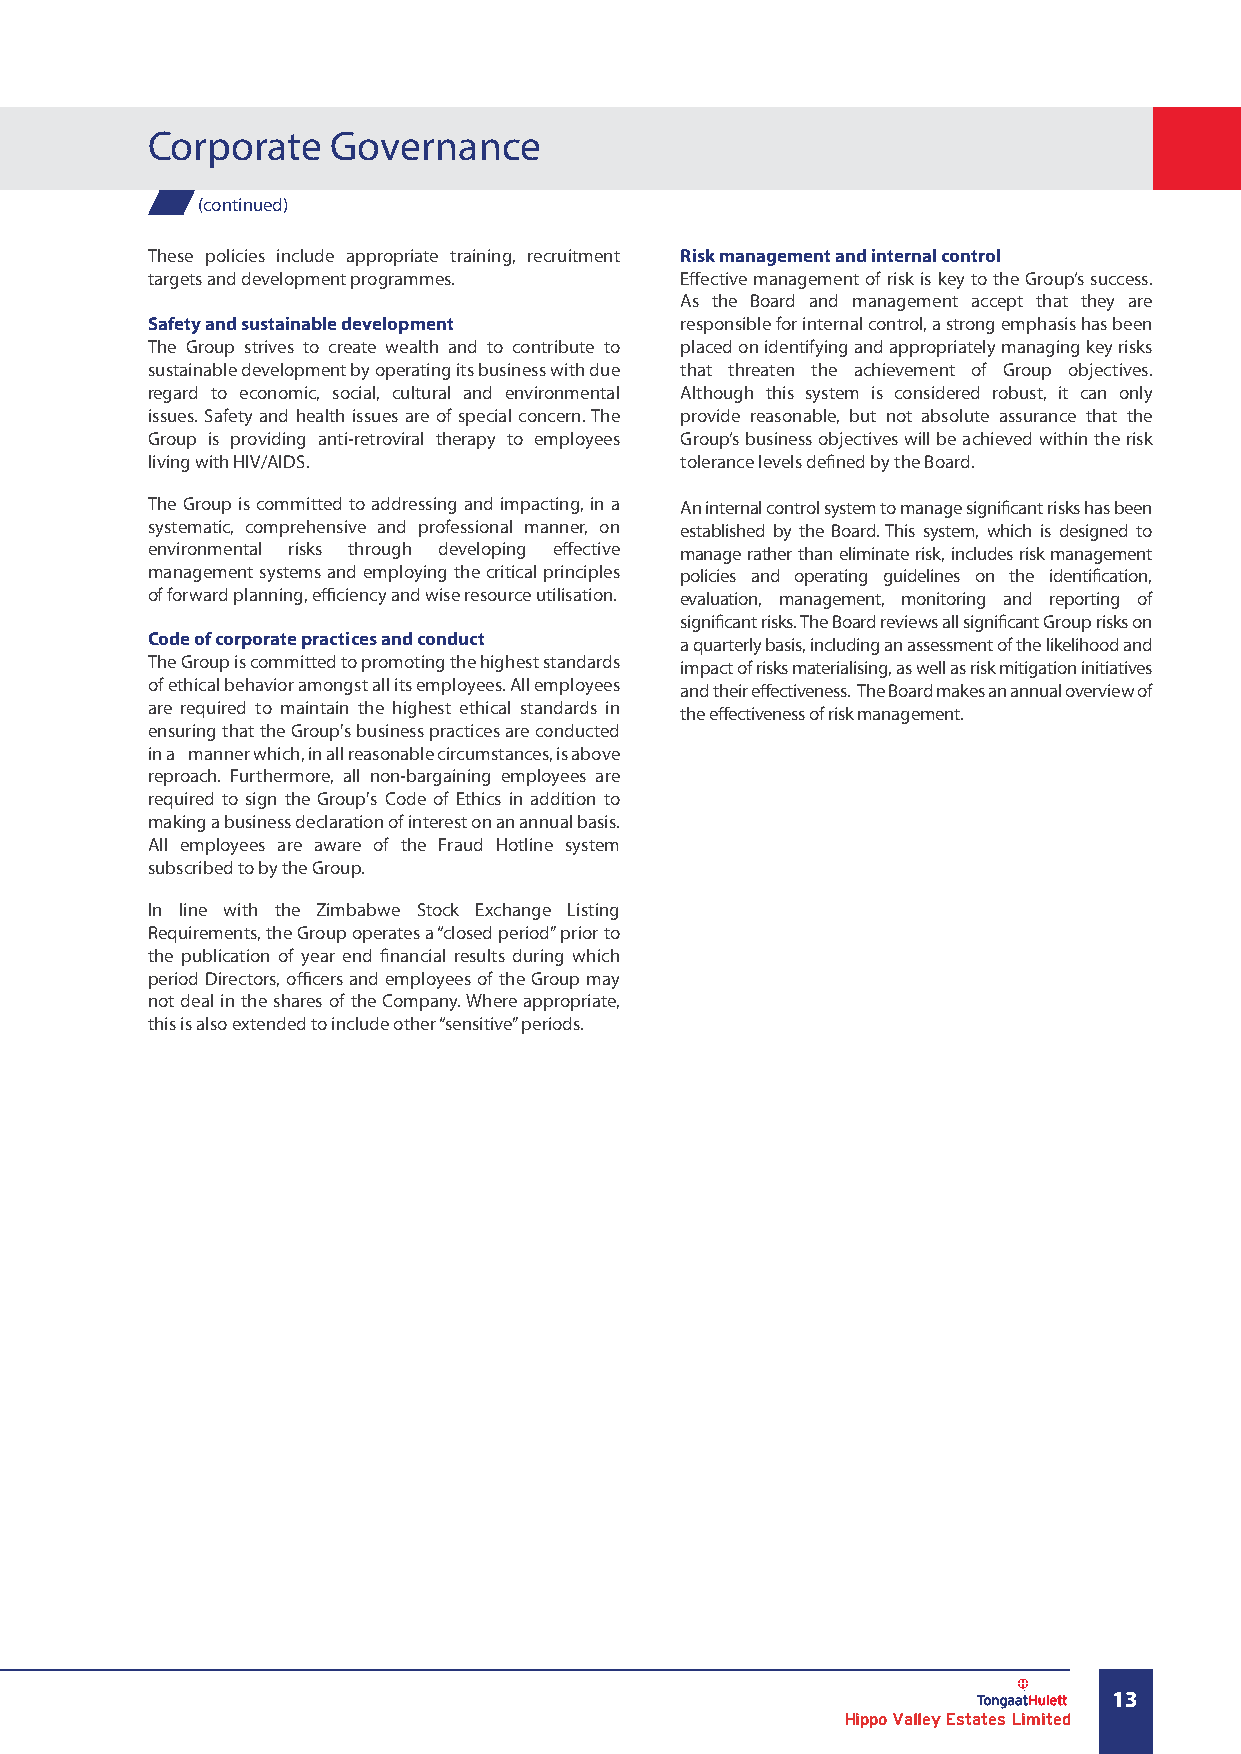
Corporate   Governance
 (continued)
 These policies include appropriate training, recruitment Risk management and internal control
 targets and development programmes. Effective management of risk is key to the Group’s success.
 As the Board and management accept that they are
 Safety and sustainable development responsible for internal control, a strong emphasis has been
 The Group strives to create wealth and to contribute to placed on identifying and appropriately managing key risks
 sustainable development by operating its business with due that threaten the achievement of Group objectives.
 regard to economic, social, cultural and environmental Although this system is considered robust, it can only
 issues. Safety and health issues are of special concern. The provide reasonable, but not absolute assurance that the
 Group is providing anti-retroviral therapy to employees Group’s business objectives will be achieved within the risk
 living with HIV/AIDS.              tolerance levels defined by the Board.
 The Group is committed to addressing and impacting, in a An internal control system to manage significant risks has been
 systematic, comprehensive and professional manner, on established by the Board. This system, which is designed to
 environmental risks through developing effective manage rather than eliminate risk, includes risk management
 management systems and employing the critical principles policies and operating guidelines on the identification,
 of forward planning, efficiency and wise resource utilisation. evaluation, management, monitoring and reporting of
 significant risks. The Board reviews all significant Group risks on
 Code of corporate practices and conduct a quarterly basis, including an assessment of the likelihood and
 The Group is committed to promoting the highest standards impact of risks materialising, as well as risk mitigation initiatives
 of ethical behavior amongst all its employees. All employees and their effectiveness. The Board makes an annual overview of
 are required to maintain the highest ethical standards in the effectiveness of risk management.
 ensuring that the Group's business practices are conducted
 in a manner which, in all reasonable circumstances, is above
 reproach. Furthermore, all non-bargaining employees are
 required to sign the Group's Code of Ethics in addition to
 making a business declaration of interest on an annual basis.
 All employees are aware of the Fraud Hotline system
 subscribed to by the Group.
 In line with the Zimbabwe Stock Exchange Listing
 Requirements, the Group operates a “closed period” prior to
 the publication of year end financial results during which
 period Directors, officers and employees of the Group may
 not deal in the shares of the Company. Where appropriate,
 this is also extended to include other “sensitive” periods.
 13
 Hippo Valley Estates Limited